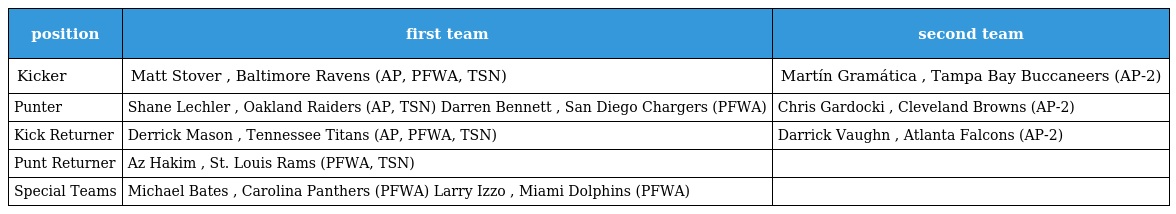
| position | first team | second team |
 | --- | --- | --- |
 | Kicker | Matt Stover , Baltimore Ravens (AP, PFWA, TSN) | Martín Gramática , Tampa Bay Buccaneers (AP-2) |
 | Punter | Shane Lechler , Oakland Raiders (AP, TSN) Darren Bennett , San Diego Chargers (PFWA) | Chris Gardocki , Cleveland Browns (AP-2) |
 | Kick Returner | Derrick Mason , Tennessee Titans (AP, PFWA, TSN) | Darrick Vaughn , Atlanta Falcons (AP-2) |
 | Punt Returner | Az Hakim , St. Louis Rams (PFWA, TSN) |  |
 | Special Teams | Michael Bates , Carolina Panthers (PFWA) Larry Izzo , Miami Dolphins (PFWA) |  |